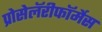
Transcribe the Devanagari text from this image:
प्रोसेलॅरीफॉर्मेस